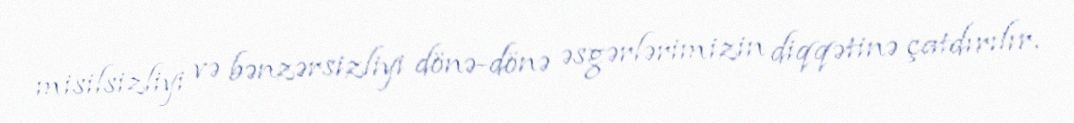
misilsizliyi və bənzərsizliyi dönə-dönə əsgərlərimizin diqqətinə çatdırılır.